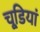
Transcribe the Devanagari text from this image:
चूडि़यां